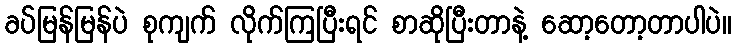
ခပ်မြန်မြန်ပဲ စုကျက် လိုက်ကြပြီးရင် စာဆိုပြီးတာနဲ့ ဆော့တော့တာပါပဲ။